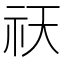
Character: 祆